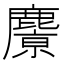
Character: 𪋔